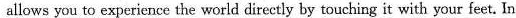
allows you to experience the world directly by touching it with your feet. In